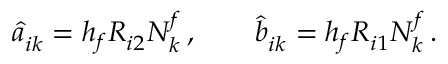
\hat { a } _ { i k } ^ { \sf } = h _ { f } R _ { i 2 } ^ { \sf } N _ { k } ^ { f } \, , \qquad \hat { b } _ { i k } ^ { \sf } = h _ { f } R _ { i 1 } ^ { \sf } N _ { k } ^ { f } \, .